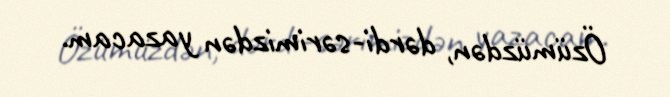
Özümüzdən, dərdi-sərimizdən yazacam.